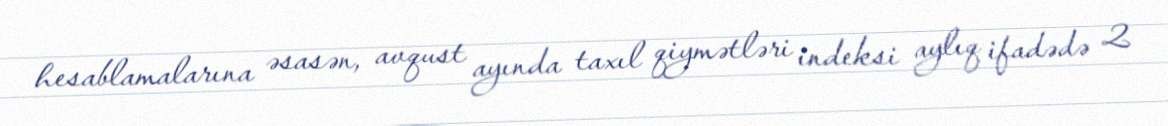
hesablamalarına əsasən, avqust ayında taxıl qiymətləri indeksi aylıq ifadədə 2